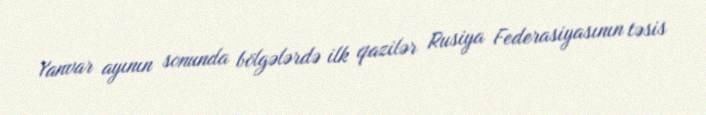
Yanvar ayının sonunda bölgələrdə ilk qazilər Rusiya Federasiyasının təsis